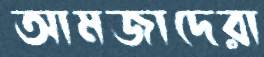
আমজাদেরা